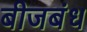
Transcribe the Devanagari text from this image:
बीजबंध